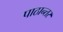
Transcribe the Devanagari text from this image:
पाठान्तर